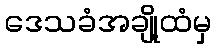
ဒေသခံအချို့ထံမှ